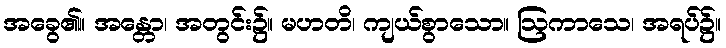
အခွေ၏။ အန္တော၊ အတွင်း၌။ မဟတိ၊ ကျယ်စွာသော။ ဩကာသေ၊ အရပ်၌။